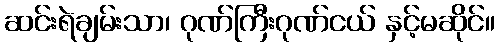
ဆင်းရဲချမ်းသာ၊ ဂုဏ်ကြီးဂုဏ်ငယ် နှင့်မဆိုင်။